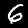
Label: 6